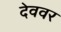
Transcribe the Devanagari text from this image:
देववर